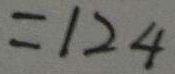
= 1 2 4